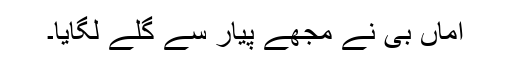
اماں بی نے مجھے پیار سے گلے لگایا۔